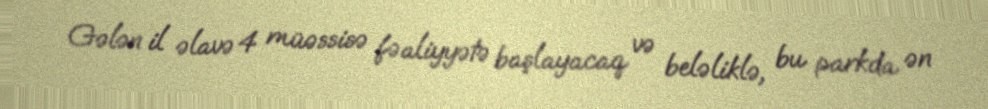
Gələn il əlavə 4 müəssisə fəaliyyətə başlayacaq və beləliklə, bu parkda ən